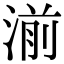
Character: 湔